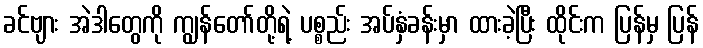
ခင်ဗျား အဲဒါတွေကို ကျွန်တော်တို့ရဲ့ ပစ္စည်း အပ်နှံခန်းမှာ ထားခဲ့ပြီး ထိုင်းက ပြန်မှ ပြန်